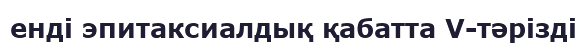
енді эпитаксиалдық қабатта V-тәрізді